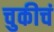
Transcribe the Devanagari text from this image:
चुकीचं